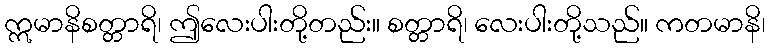
ဣမာနိစတ္တာရိ၊ ဤလေးပါးတို့တည်း။ စတ္တာရိ၊ လေးပါးတို့သည်။ ကတမာနိ၊